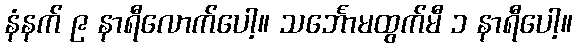
နံနက် ၉ နာရီလောက်ပေါ့။ သင်္ဘောမထွက်မီ ၁ နာရီပေါ့။